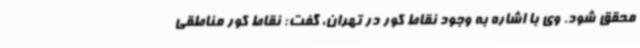
محقق شود. وی با اشاره به وجود نقاط کور در تهران، گفت: نقاط کور مناطقی